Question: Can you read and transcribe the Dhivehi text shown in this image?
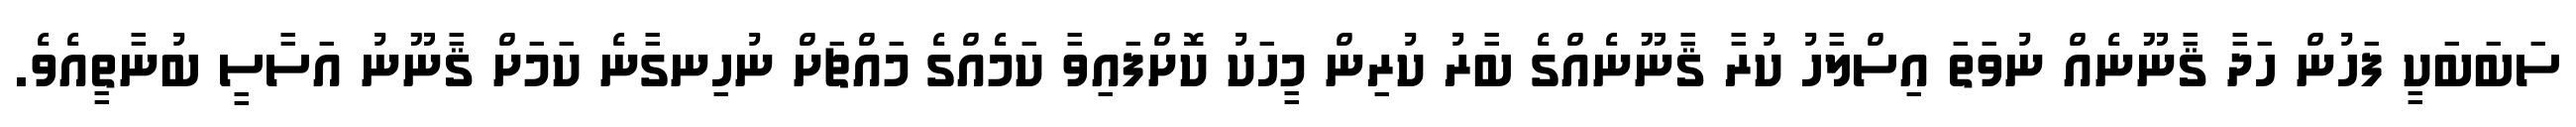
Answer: ސަބަބަކީ ފަހުން ހަދާ ޤާނޫނެއް ނުވަތަ އިސްލާހު ކުރާ ޤާނޫނެއްގެ ބާރު ކުރިން މީހަކު ކޮށްފައިވާ ކަމެއްގެ މައްޗަށް ނުހިނގާނެ ކަމަށް ޤާނޫނު އަސާސީ ބުނާތީއެވެ.